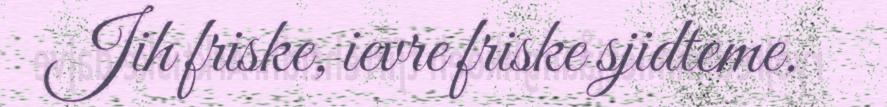
Jih friske, ievre friske sjidteme.